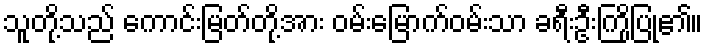
သူတို့သည် ကောင်းမြတ်တို့အား ဝမ်းမြောက်ဝမ်းသာ ခရီးဦးကြိုပြု၏။